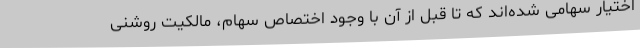
اختیار سهامی شده‌اند که تا قبل از آن با وجود اختصاص سهام، مالکیت روشنی